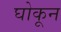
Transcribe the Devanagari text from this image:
घोकून